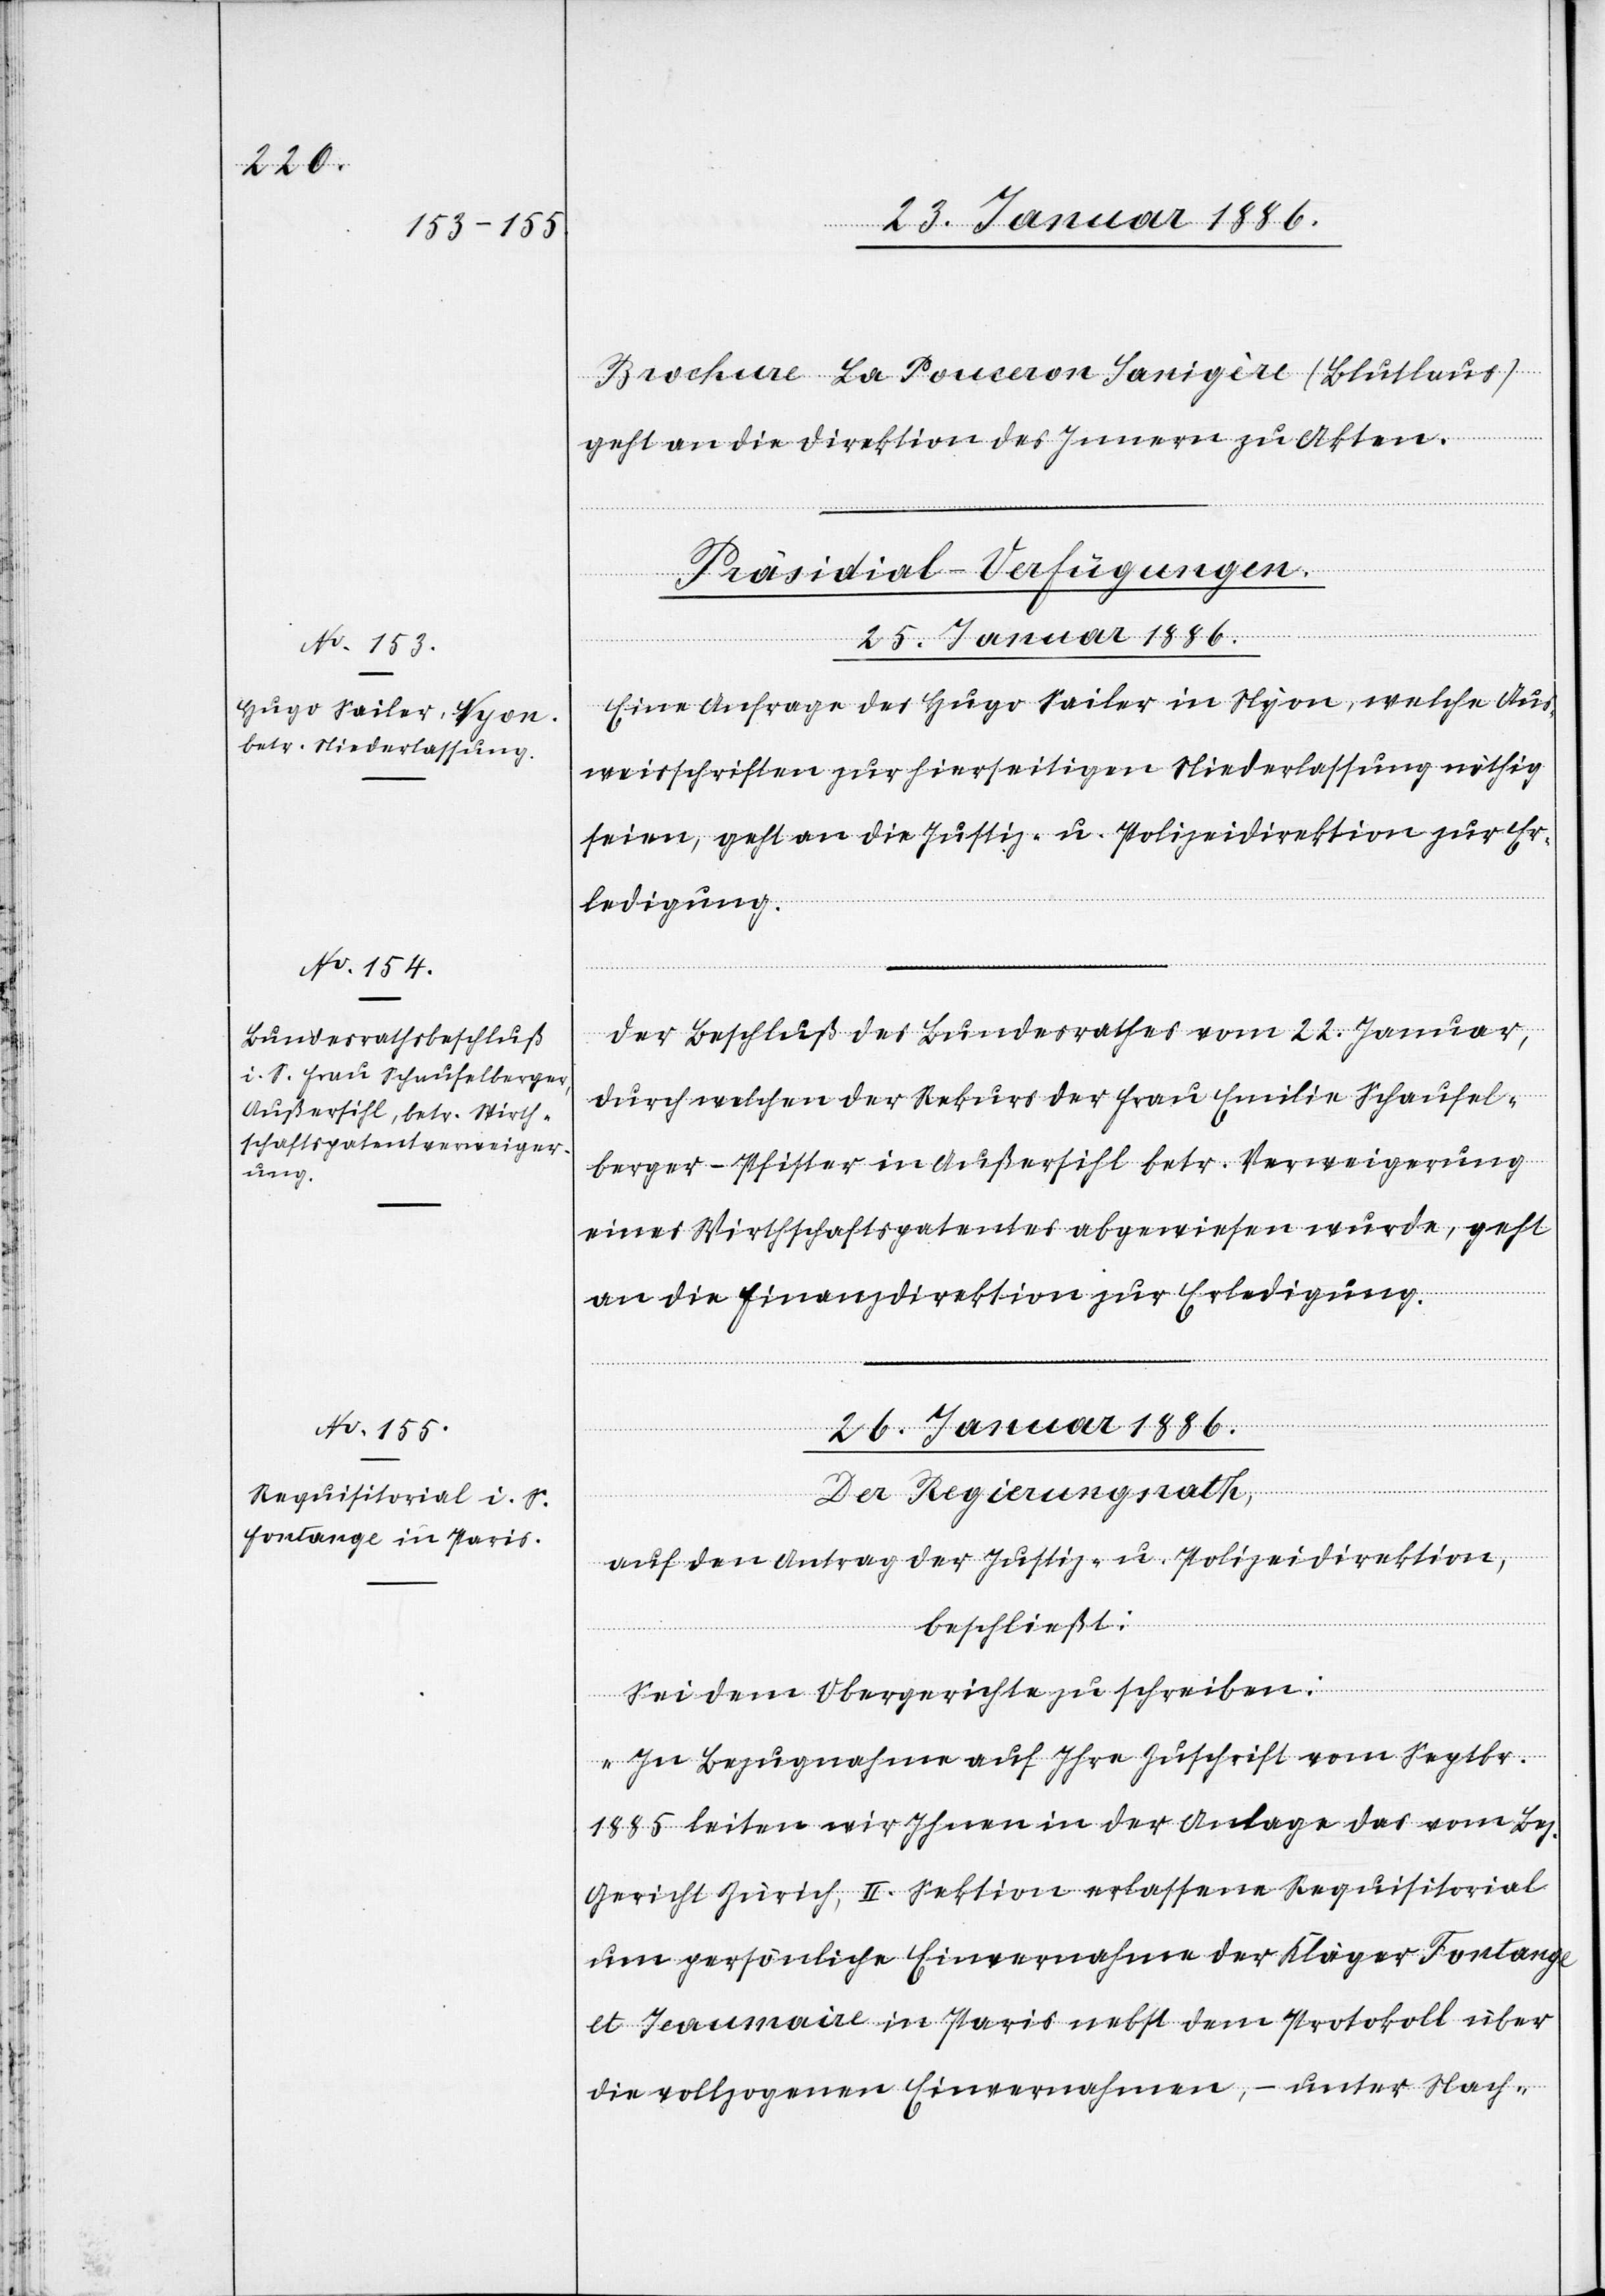
25. Januar 1886]
Brochure La Pouceron Sarigère (Blutlaus)
geht an die Direktion des Innern zu Akten.
[Präsidial-Verfügungen.]
25. Januar 1886.
Eine Anfrage des Hugo Sailer in Nyon, welche Aus¬
weisschriften zur hierseitigen Niederlassung nöthig
seien, geht an die Justiz- u. Polizeidirektion zur Er¬
ledigung.
Der Beschluß des Bundesrathes vom 22. Januar
durch welchen der Rekurs der Frau Emilie Schaufel¬
berger-Pfister in Außersihl betr. Verweigerung
eines Wirthschaftspatentes abgewiesen wurde, geht
an die Finanzdirektion zur Erledigung.
26. Januar 1886
Der Regierungsrath,
auf den Antrag der Justiz- u. Polizeidirektion,
beschließt:
Sei dem Obergerichte zu schreiben:
„In Bezugnahme auf Ihre Zuschrift vom Septbr.
1885 leiten wir Ihnen in der Anlage das vom Bez.
Gericht Zürich, II. Sektion erlassene Requisitorial
um persönliche Einvernahme der Kläger Fontage
et Jeaumaire in Paris nebst dem Protokoll über
die vollzogene Einvernahmen, – unter Nach-